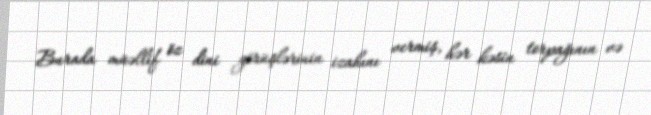
Burada müəllif öz dini görüşlərinin izahını vermiş, hər kəsin torpağının və